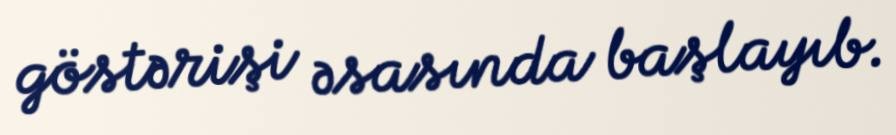
göstərişi əsasında başlayıb.